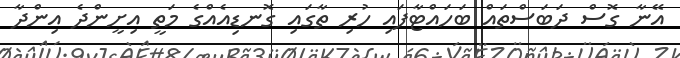
އޭނާ ގޮސް ދަބަސްތައް ބަހައްޓާފައި ހުރި ތާގައި ގޮނޑިއެއްގެ މަތީ އިށީންދެ އިންދާ